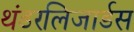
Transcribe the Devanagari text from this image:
थंडरलिजार्डस